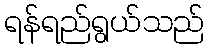
ရန်ရည်ရွယ်သည်